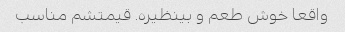
واقعا خوش طعم و بینظیره. قیمتشم مناسب